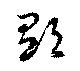
郁